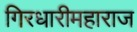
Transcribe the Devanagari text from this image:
गिरधारीमहाराज